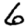
Digit: 6